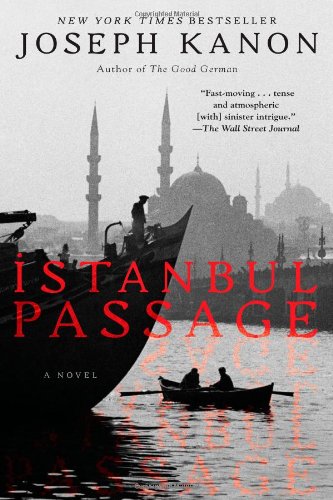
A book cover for Istanbul Passage: A Novel; Joseph Kanon; Mystery, Thriller & Suspense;